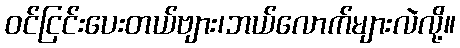
ဝင်ငြင်းပေးတယ်ဗျား၊ဘယ်လောက်များလဲလို့။